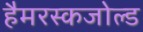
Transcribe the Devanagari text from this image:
हैमरस्कजोल्ड